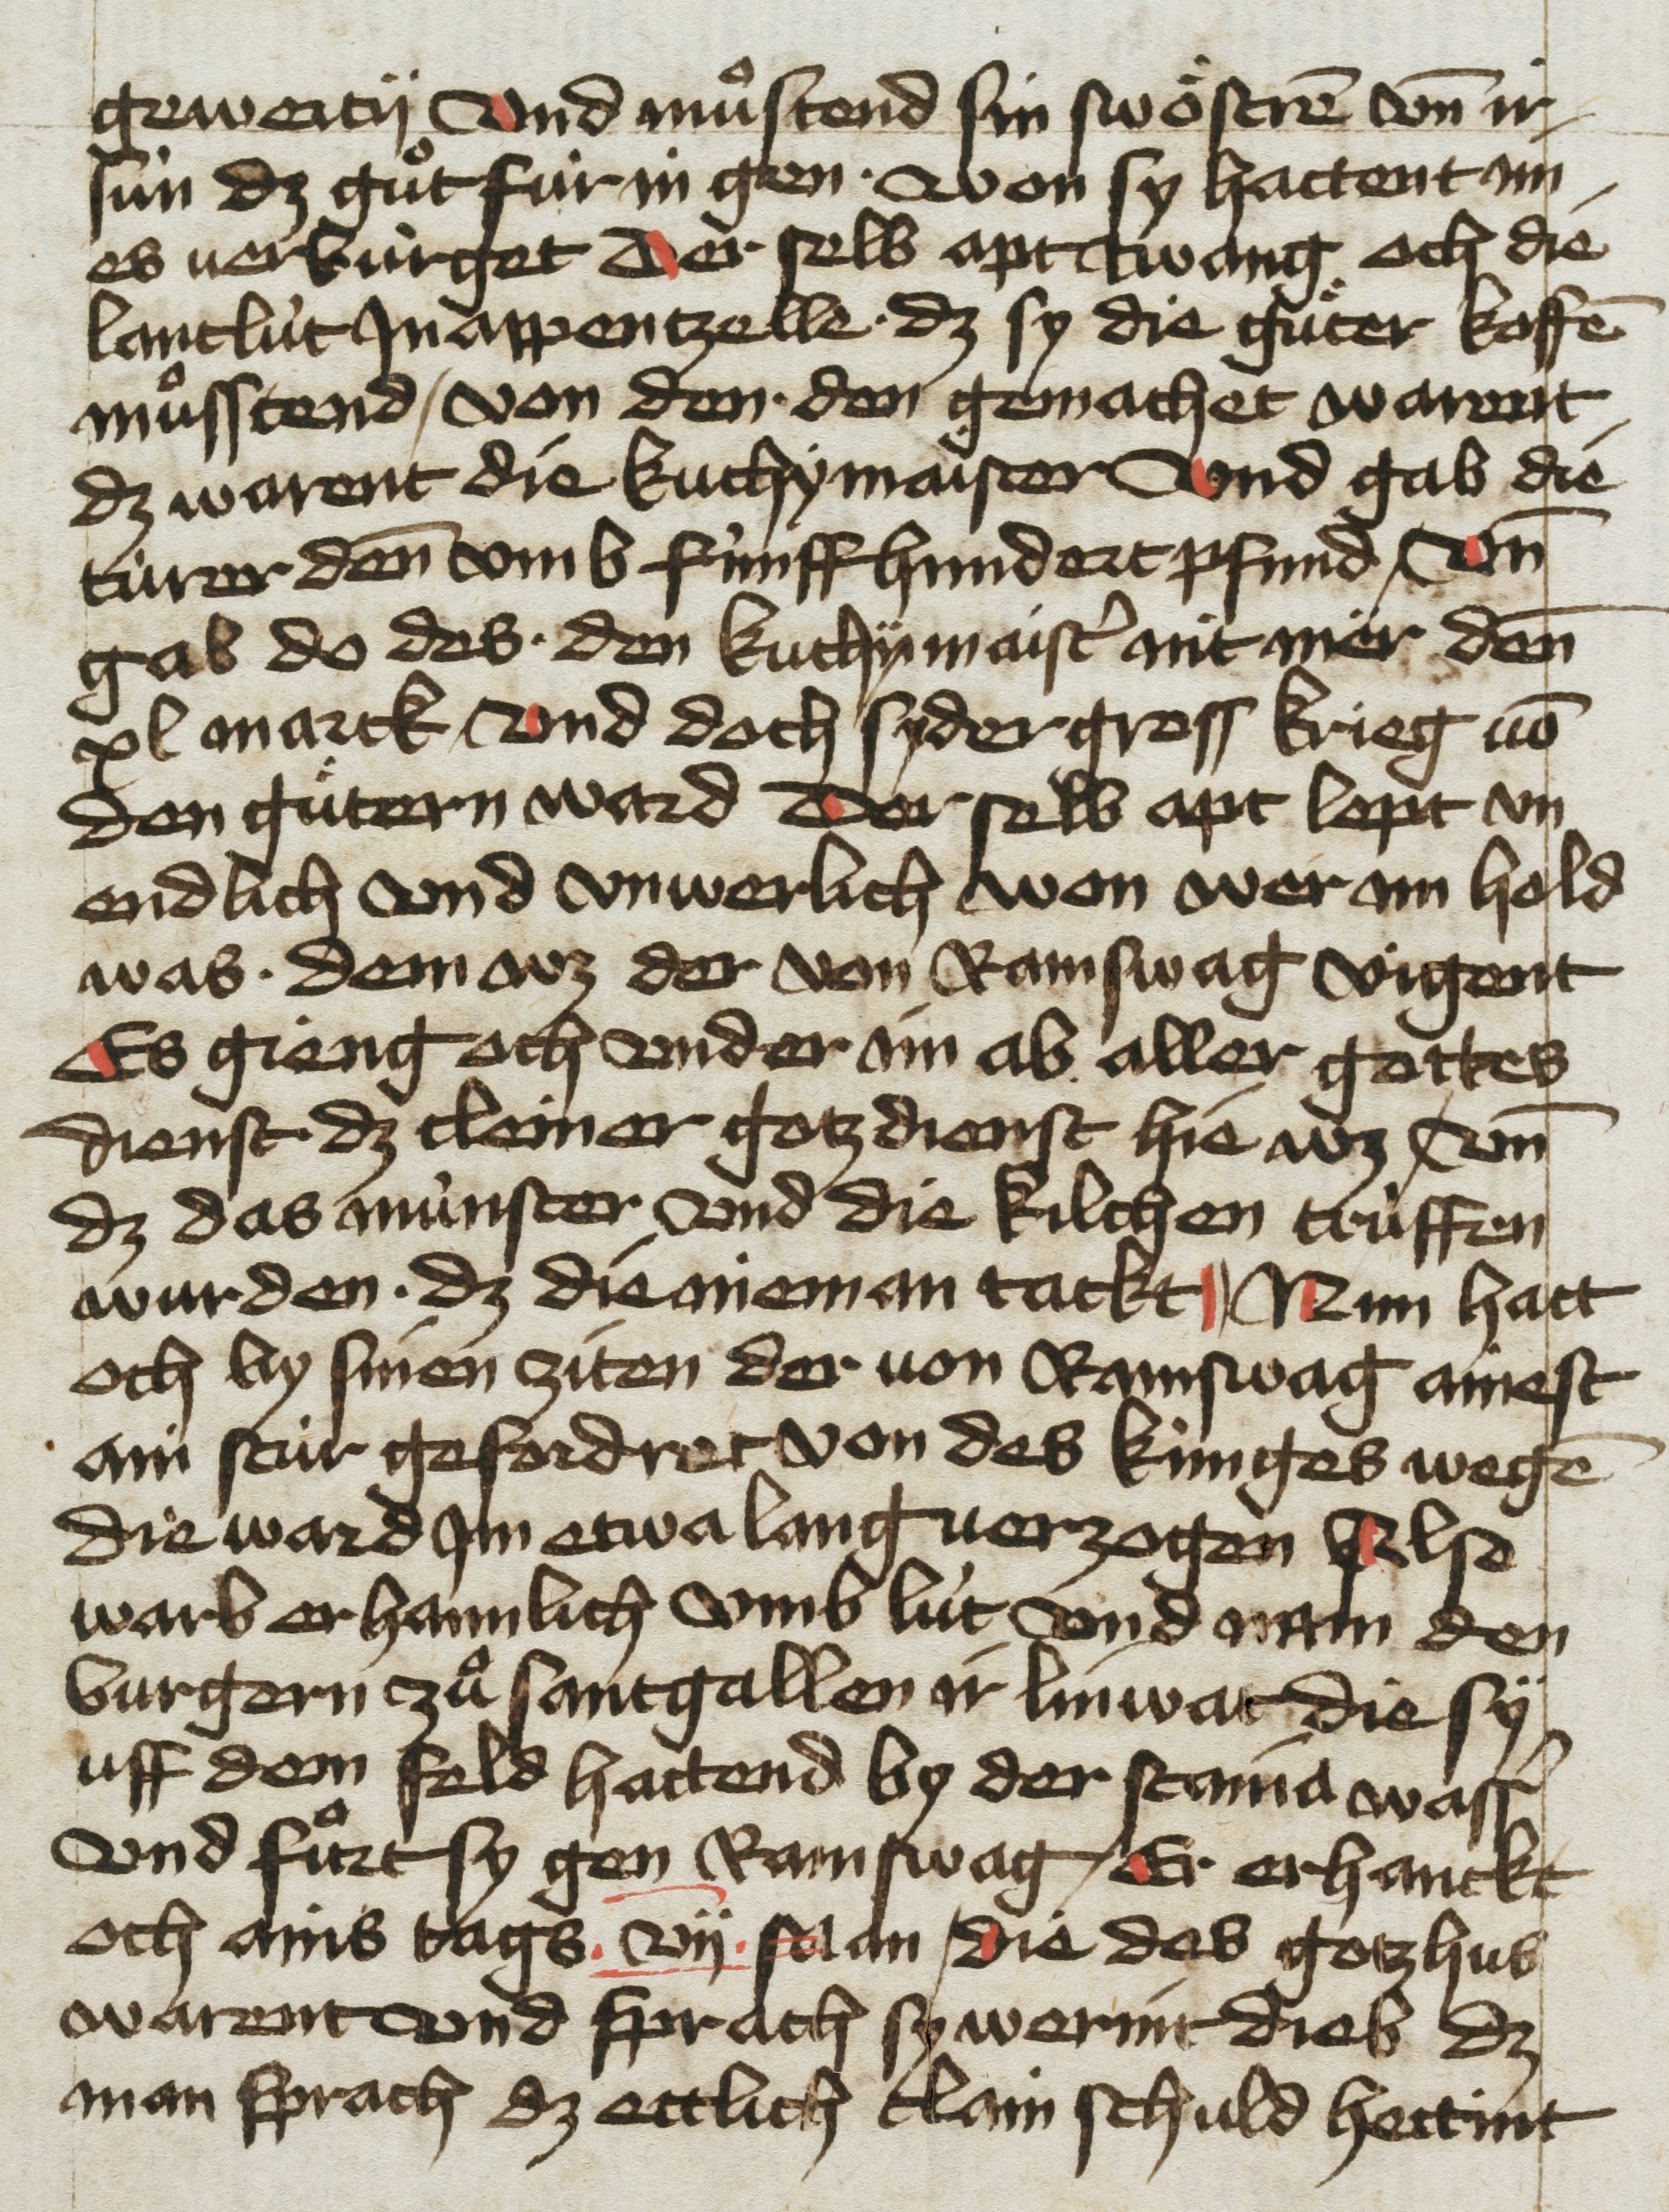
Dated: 1455–1465